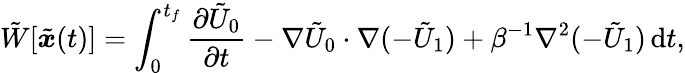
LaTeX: \tilde{W}[\tilde{{\boldsymbol{x}}}(t)]=\int_{0}^{t_{f}}\frac{\partial\tilde{U}_{0}}{\partial t}-\nabla\tilde{U}_{0}\cdot\nabla(-\tilde{U}_{1})+\beta^{-1}\nabla^{2}(-\tilde{U}_{1})\, \mathrm{d}t,